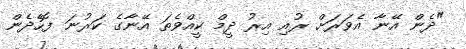
"ދެން އޭނާ އެވަރަށް ރުއި އިރު ދީމް ކީއްވެތަ އޭނާގެ ކަރުނަ ފޮހެދެން